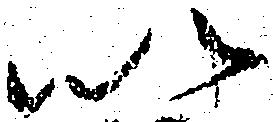
以